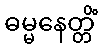
ဓမ္မနေတ္တိံ